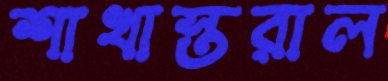
শাখাস্তরাল